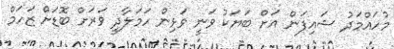
މުހައްމަދު ޝައިފަން އަށް ބަޔަކު ވަނީ ވަޅިން ހަމަލާދީ ވަރަށް ބޮޑަށް ޒަހަމް